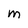
Character: M